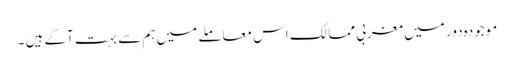
موجودہ دور میں مغربی ممالک اس معاملے میں ہم سے بہت آگے ہیں ۔